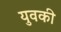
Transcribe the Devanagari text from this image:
युवकी